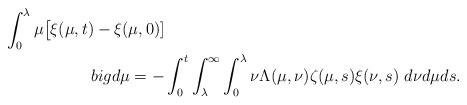
LaTeX: \begin{align*}\int_{0}^{\lambda}\mu\big[\xi(\mu,t)-\xi(\mu,0)]\\big d\mu=-&\int_{0}^{t}\int_{\lambda}^{\infty}\int_{0}^{\lambda}\nu\Lambda(\mu,\nu) \zeta(\mu,s)\xi(\nu,s)\ d\nu d\mu ds.\end{align*}